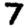
Digit: 7